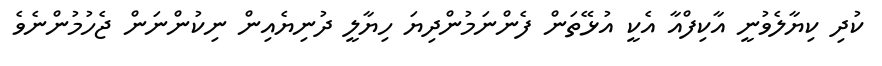
ކުދި ކިޔާލެވުނީ އާކިފްއާ އެކީ އުޅޭތަން ފެންނަމުންދިޔަ ހިޔާލީ ދުނިޔެއިން ނިކުންނަން ޖެހުމުންނެވެ